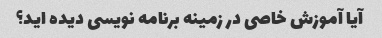
آیا آموزش خاصی در زمینه برنامه نویسی دیده اید؟